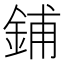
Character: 鋪